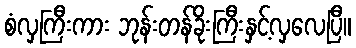
စံလှကြီးကား ဘုန်းတန်ခိုးကြီးနှင့်လှလေပြီ။